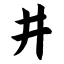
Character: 井